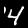
Digit: 4